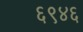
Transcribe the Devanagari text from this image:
६९४६